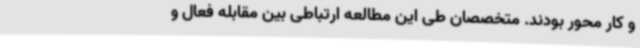
و کار محور بودند. متخصصان طی این مطالعه ارتباطی بین مقابله فعال و